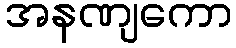
အနဏျကော